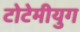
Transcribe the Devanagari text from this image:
टोटेमीयुग